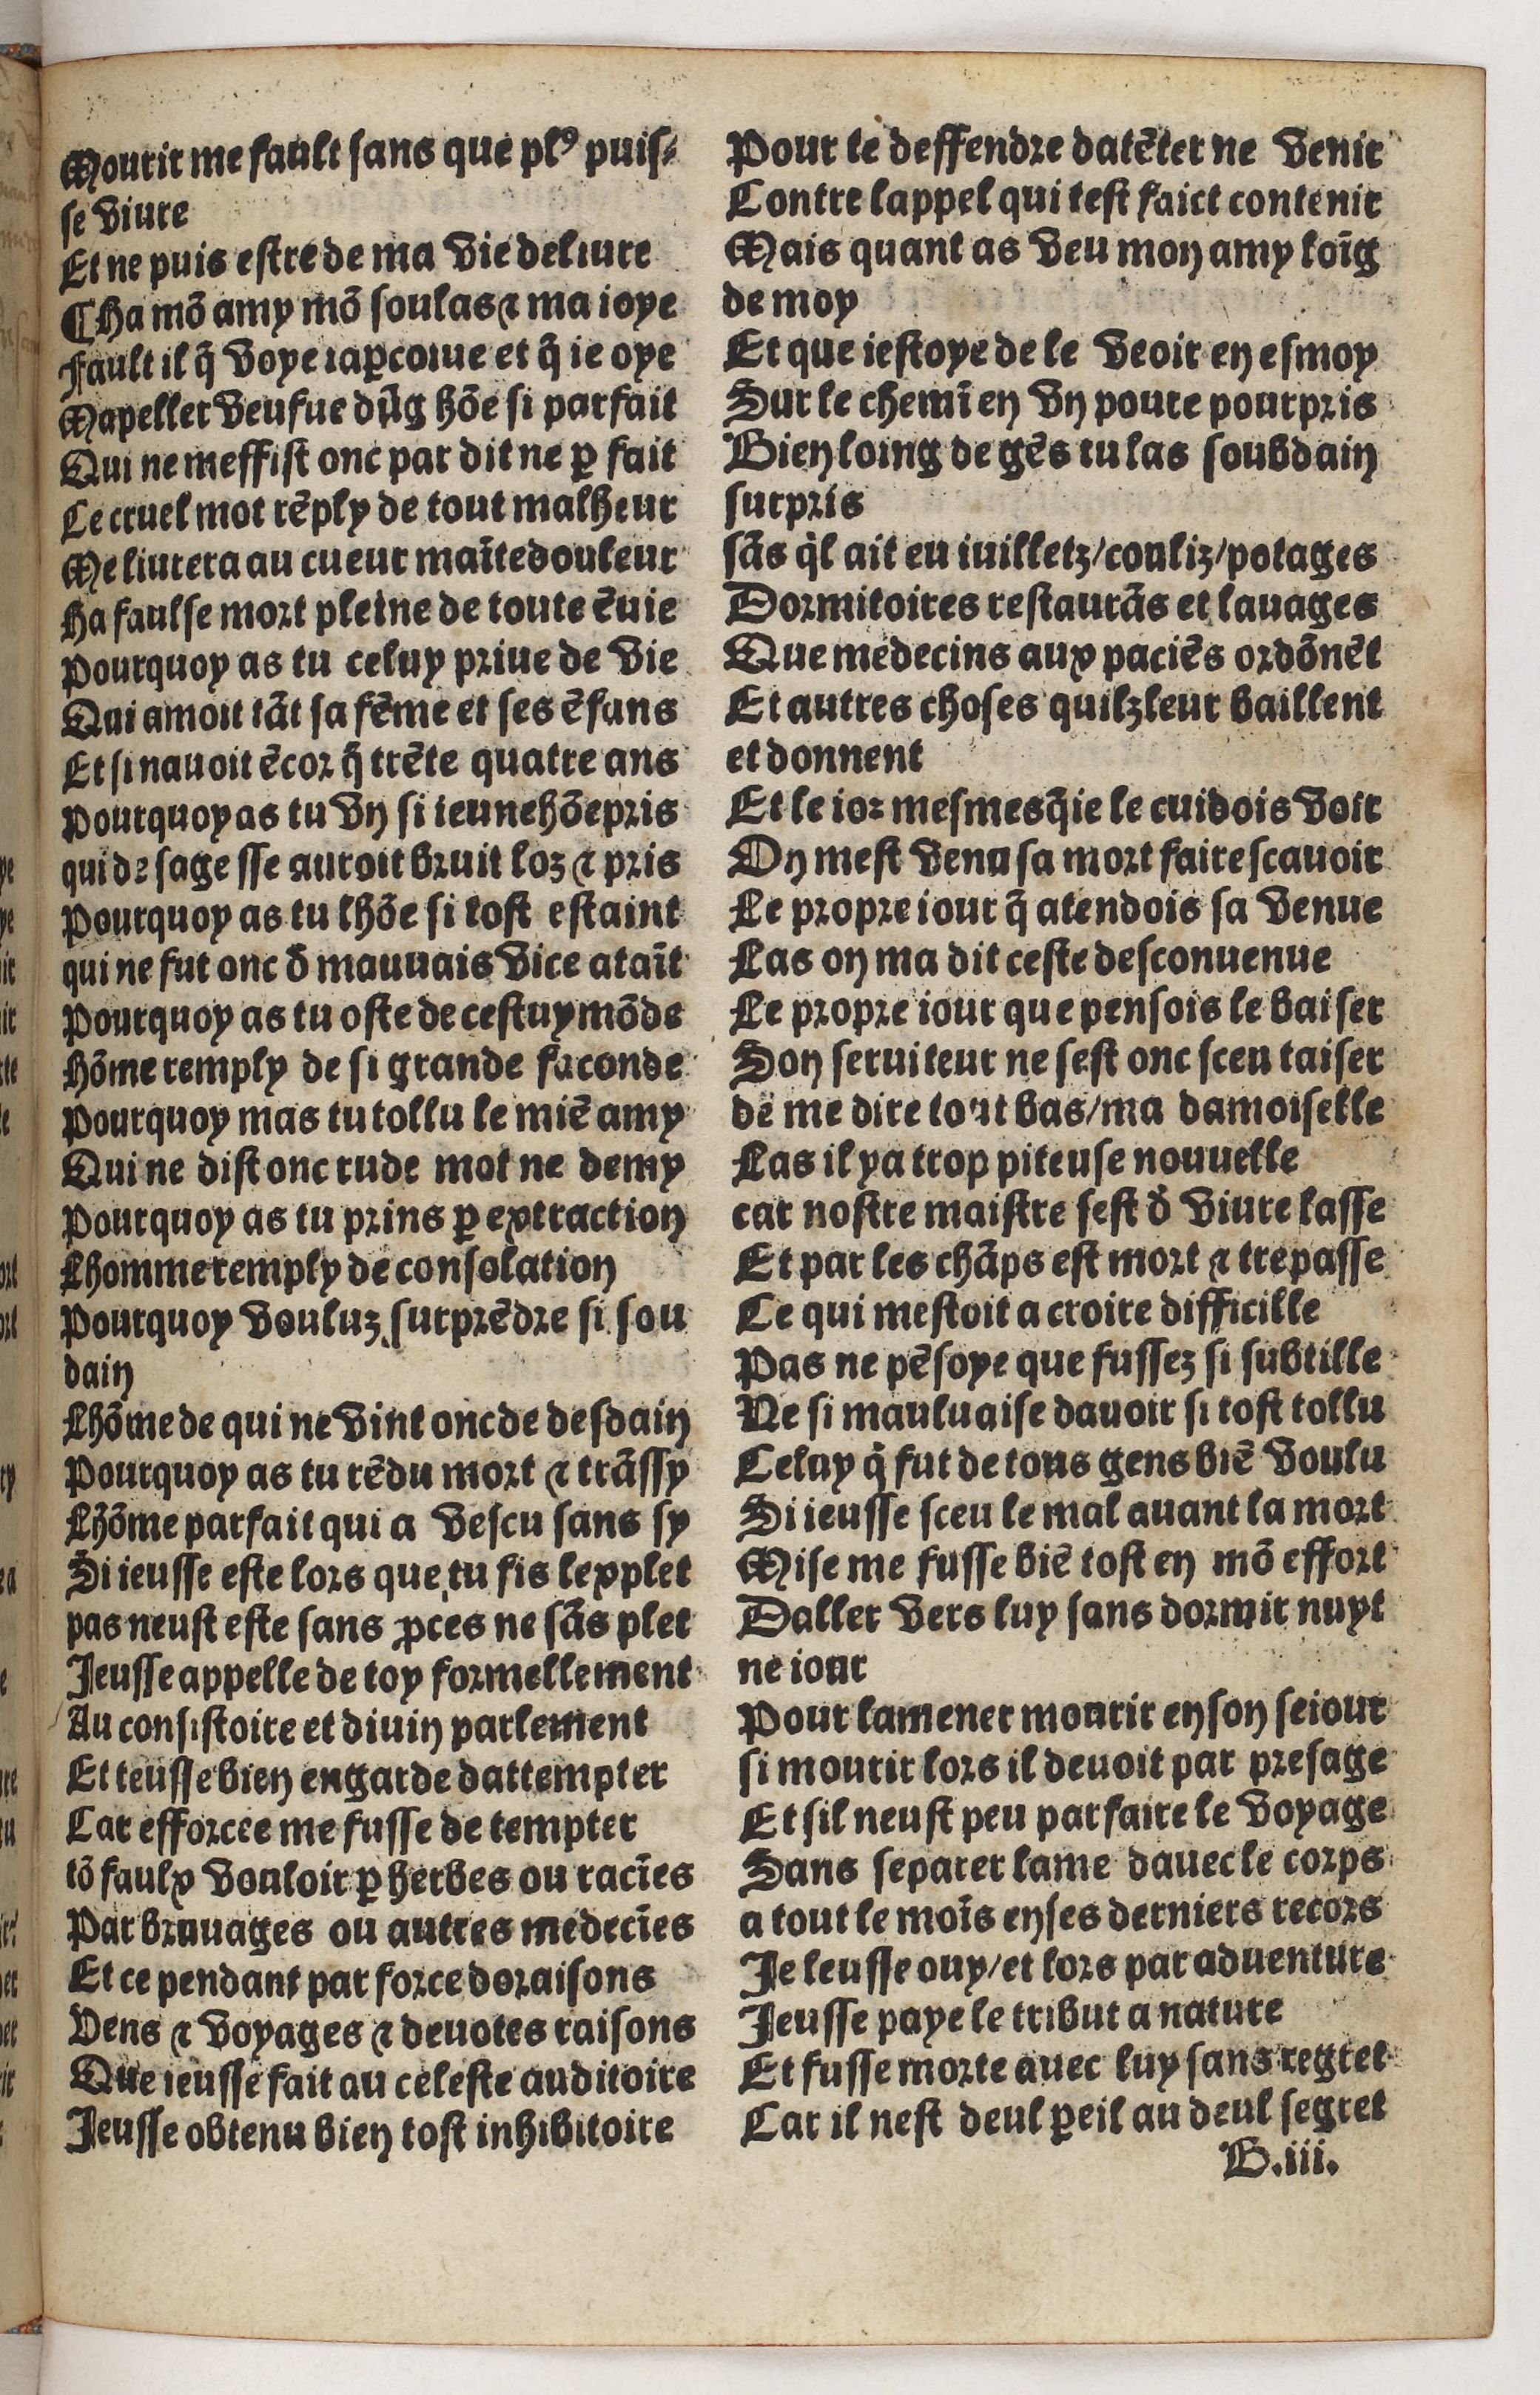
Shelfmark: Paris, BnF, Rés. Y2-930
Century: 15